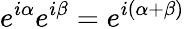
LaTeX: e^{i\alpha}e^{i\beta}=e^{i(\alpha+\beta)}